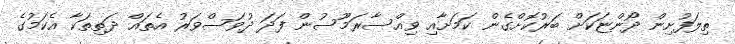
ތިލަފުށިން ދޯންޏަކަށް ބަރުކޮށްގެން ކަމަށާއި ވިއްސާރަމޫސުން ފަދަ ދުވަސްވަރު އެތައް ދަތިތަކާ އެކަމުގެ